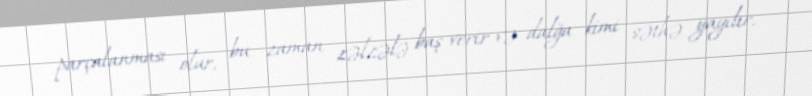
parçalanması olur, bu zaman zəlzələ baş verir və dalğa kimi səthə yayılır.